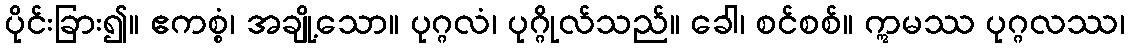
ပိုင်းခြား၍။ ဧကစ္စံ၊ အချို့သော။ ပုဂ္ဂလံ၊ ပုဂ္ဂိုလ်သည်။ ခေါ၊ စင်စစ်။ ဣမဿ ပုဂ္ဂလဿ၊